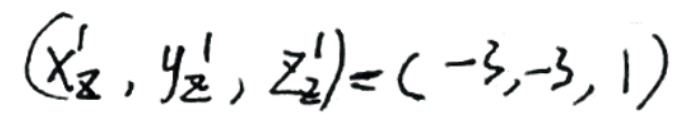
$(x_2^1,y_2^1,z_2^1)=(-3,-3,1)$